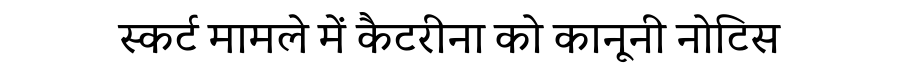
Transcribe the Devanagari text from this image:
स्कर्ट मामले में कैटरीना को कानूनी नोटिस